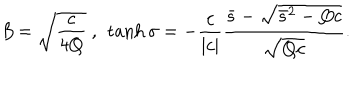
\beta = \sqrt { \frac { c } { 4 Q } } \ , \ \tanh \sigma = - \frac { c } { | c | } \frac { \bar { s } - \sqrt { \bar { s } ^ { 2 } - Q c } } { \sqrt { Q c } } .